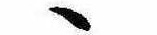
ゝ